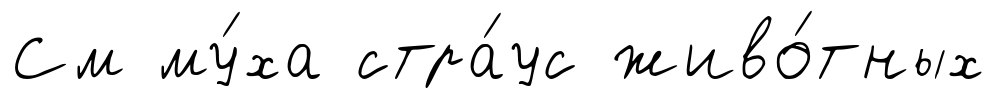
См му́ха стра́ус живо́тных